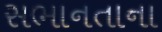
સભાનતાના